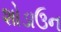
શોડાઉન